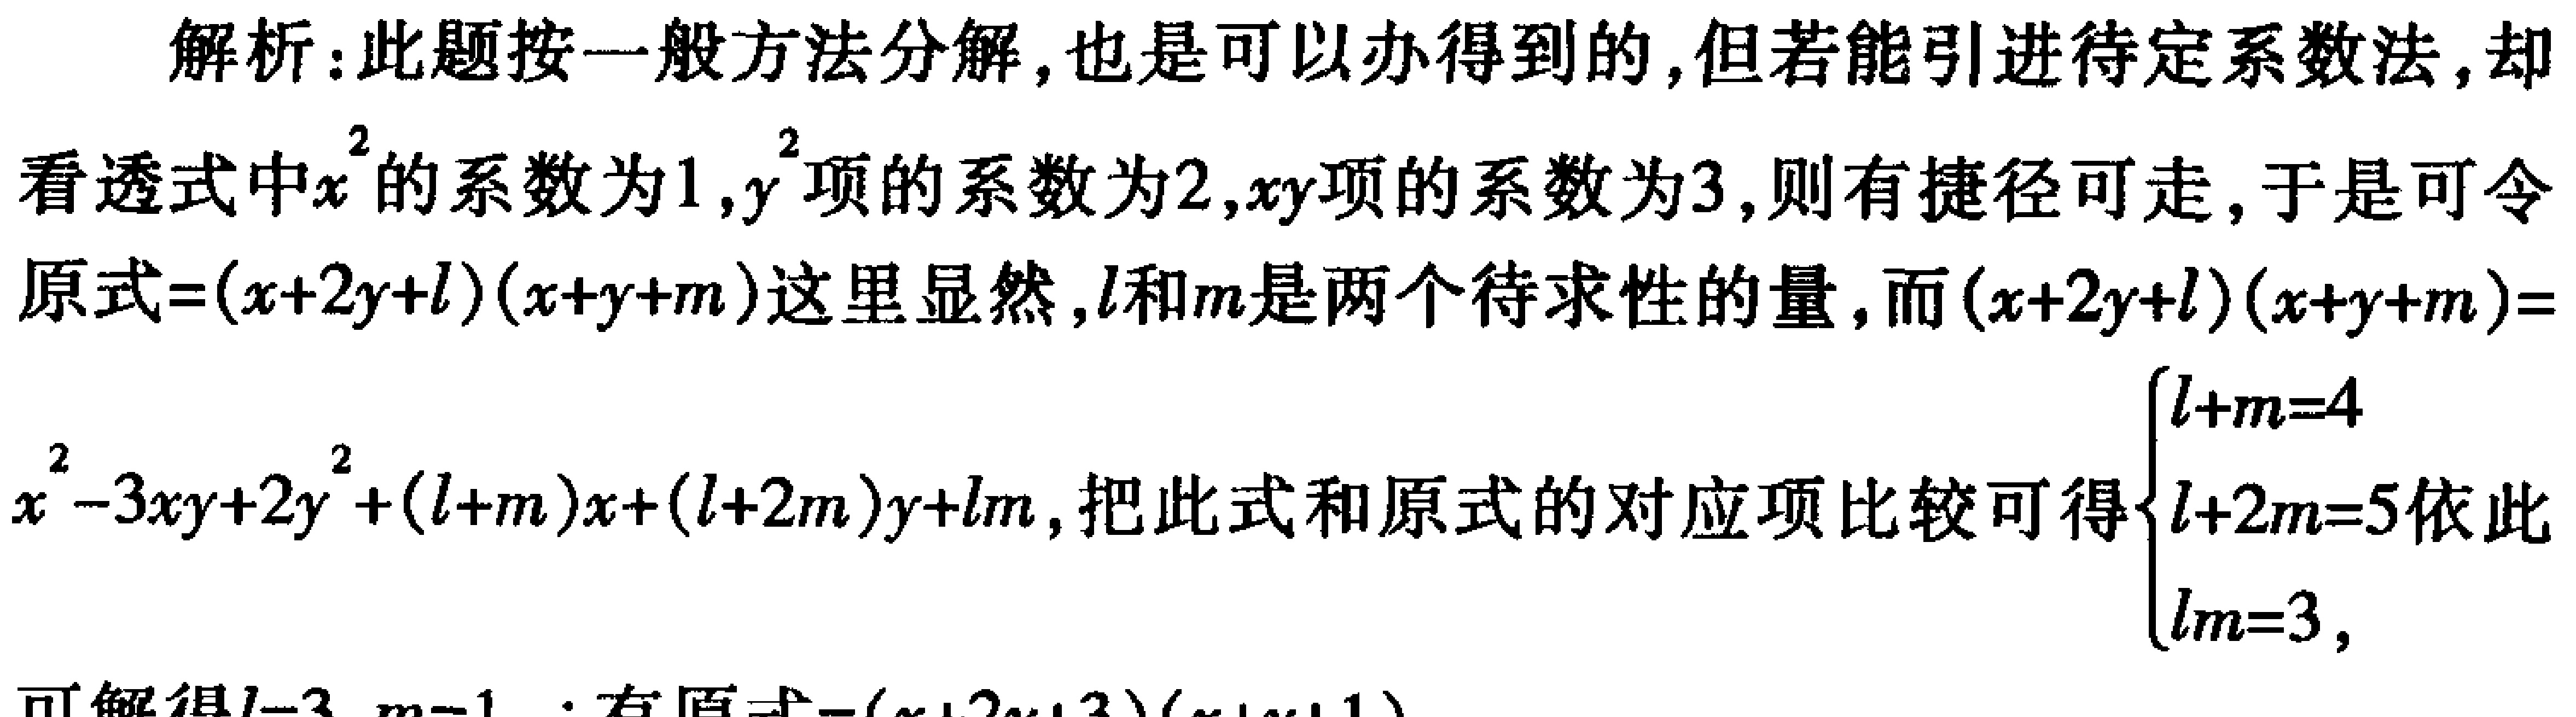
解析：此题按一般方法分解，也是可以办得到的，但若能引进待定系数法，却看透式中\(x^{2}\)的系数为\(1\)，\(y^{2}\)项的系数为\(2\)，\(xy\)项的系数为\(3\)，则有捷径可走，于是可令原式\(=(x + 2y + l)(x + y + m)\)这里显然，\(l\)和\(m\)是两个待求性的量，而\((x + 2y + l)(x + y + m)=x^{2}-3xy + 2y^{2}+(l + m)x+(l + 2m)y+lm\)，把此式和原式的对应项比较可得\(\begin{cases}l + m = 4\\l + 2m = 5\\lm = 3\end{cases}\)依此可解得\(l = 3\)，\(m = 1\)，有原式\(=(x + 2y+3)(x + y + 1)\)